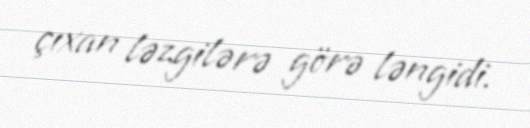
çıxan ləzgilərə görə ləngidi.